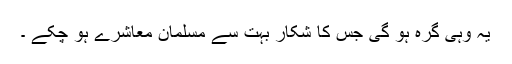
یہ وہی گرہ ہو گی جس کا شکار بہت سے مسلمان معاشرے ہو چکے ۔